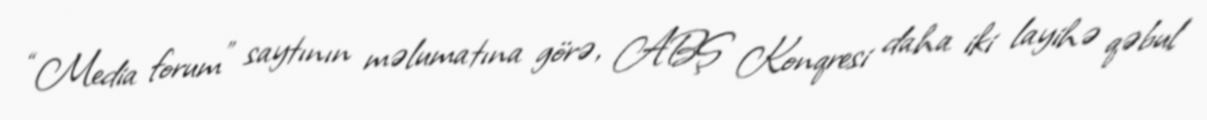
“Media forum” saytının məlumatına görə, ABŞ Konqresi daha iki layihə qəbul